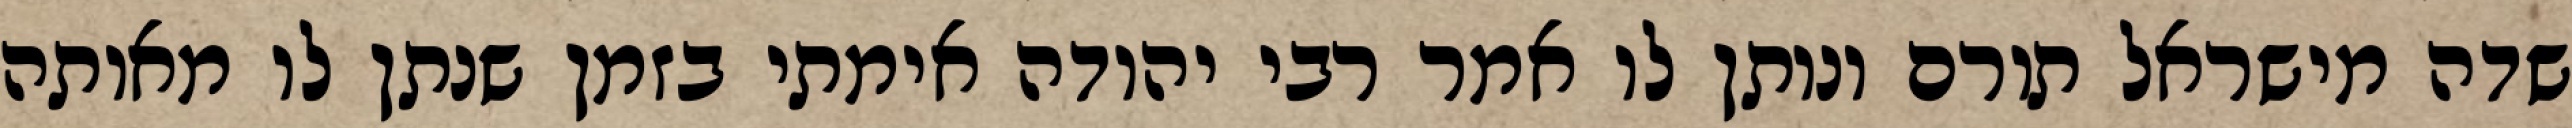
שדה מישראל תורם ונותן לו אמר רבי יהודה אימתי בזמן שנתן לו מאותה